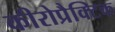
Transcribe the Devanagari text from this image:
कीरोप्रैक्टिक